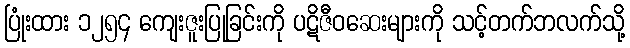
ပြုံးထား ၁၂၅၄ ကျေးဇူးပြုခြင်းကို ပဋိဇီဝဆေးများကို သင့်တက်ဘလက်သို့